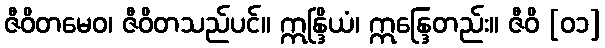
ဇီဝိတမေဝ၊ ဇီဝိတသည်ပင်။ ဣန္ဒြိယံ၊ ဣန္ဒြေတည်း။ ဇီဝိ [၀၁]